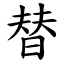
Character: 替